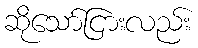
ဆိုသော်ငြားလည်း